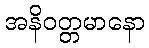
အနိဝတ္တမာနော